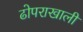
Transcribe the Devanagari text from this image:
ढोपराखाली